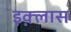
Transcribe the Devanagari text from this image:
इक़्लास